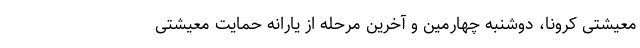
معیشتی کرونا، دوشنبه چهارمین و آخرین مرحله از یارانه حمایت معیشتی